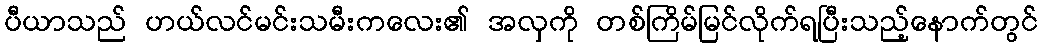
ပီယာသည် ဟယ်လင်မင်းသမီးကလေး၏ အလှကို တစ်ကြိမ်မြင်လိုက်ရပြီးသည့်နောက်တွင်